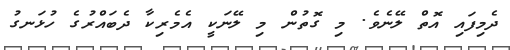
ދެމިފައި އޮތް ލޭނެވެ. މި ގޮތުން މި ލޭނަކީ އެމެރިކާ ދެބައްރުގެ ހުޅަނގު